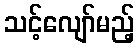
သင့်လျော်မည့်